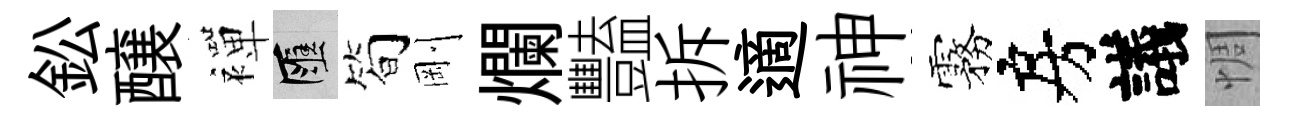
鈆醸襌匯筍剛爛豔拆適神霧房議惆